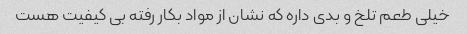
خیلی طعم تلخ و بدی داره که نشان از مواد بکار رفته بی کیفیت هست